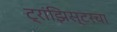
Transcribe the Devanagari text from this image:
ट्रांझिस्टरचा